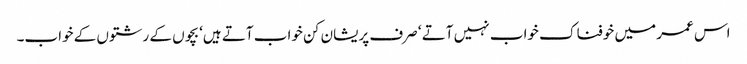
اس عمر میں خوفناک خواب نہیں آتے ‘ صرف پریشان کن خواب آتے ہیں‘ بچوں کے رشتوں کے خواب۔